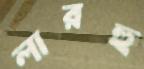
লারহু